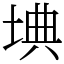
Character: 㙉